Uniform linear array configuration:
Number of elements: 32
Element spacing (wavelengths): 0.75
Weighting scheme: exponential
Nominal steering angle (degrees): -30
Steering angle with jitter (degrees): -30.036
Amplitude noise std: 0.05
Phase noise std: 0.05

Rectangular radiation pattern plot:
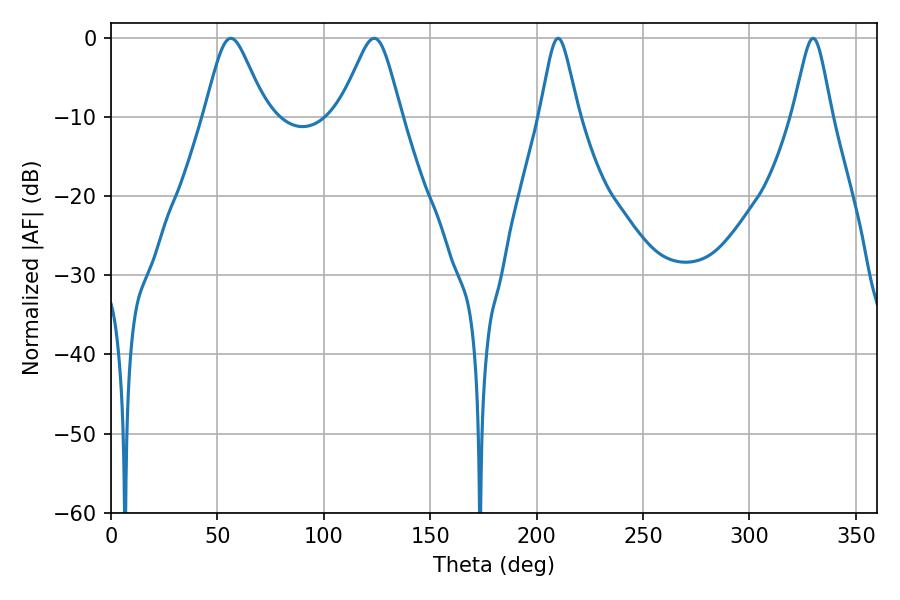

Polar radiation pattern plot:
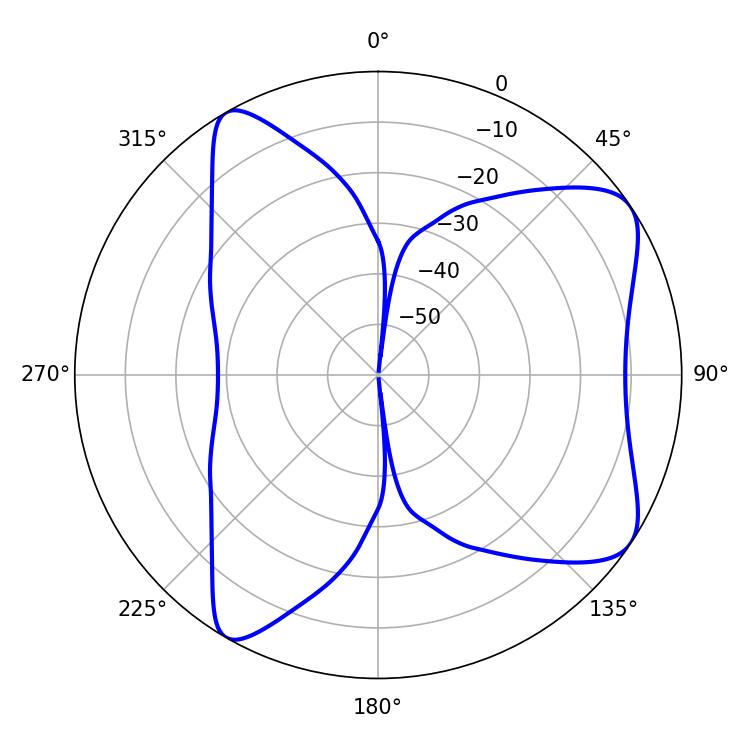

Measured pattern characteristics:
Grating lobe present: TRUE
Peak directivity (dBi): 7.768
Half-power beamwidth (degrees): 14.04
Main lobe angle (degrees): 56.34